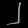
Digit: ၂